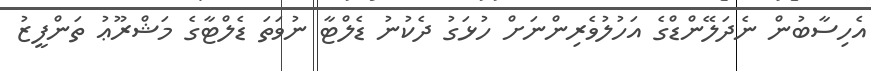
އެހިސާބުން ނެދަލޭންޑްގެ އަހުލުވެރިންނަށް ހުޅަގު ދެކުނު ޑެލްޓާ ނުވަތަ ޑެލްޓާގެ މަޝްރޫޢު ތަންފީޒު